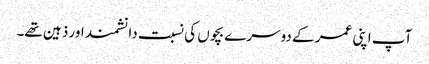
آپ اپنی عمر کے دوسرے بچوں کی نسبت دانشمند اور ذہین تھے۔